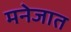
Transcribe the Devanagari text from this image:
मनेजात